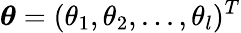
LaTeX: \boldsymbol{\theta}=(\theta_{1},\theta_{2},...,\theta_{l})^{T}